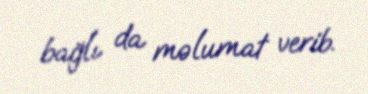
bağlı da məlumat verib.